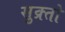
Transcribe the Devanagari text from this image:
सुक्र्तो